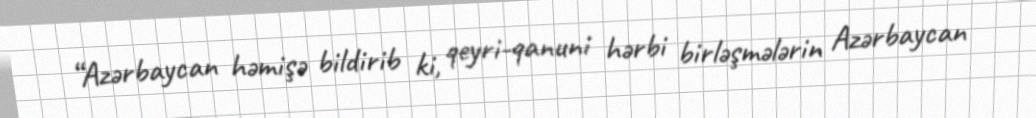
“Azərbaycan həmişə bildirib ki, qeyri-qanuni hərbi birləşmələrin Azərbaycan